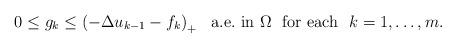
LaTeX: \begin{align*}0\le g_k\le \left(-\Delta u_{k-1}-f_k \right)_+\ \mbox{ a.e.~in } \Omega\ \mbox{ for each } \ k=1,\ldots,m.\end{align*}